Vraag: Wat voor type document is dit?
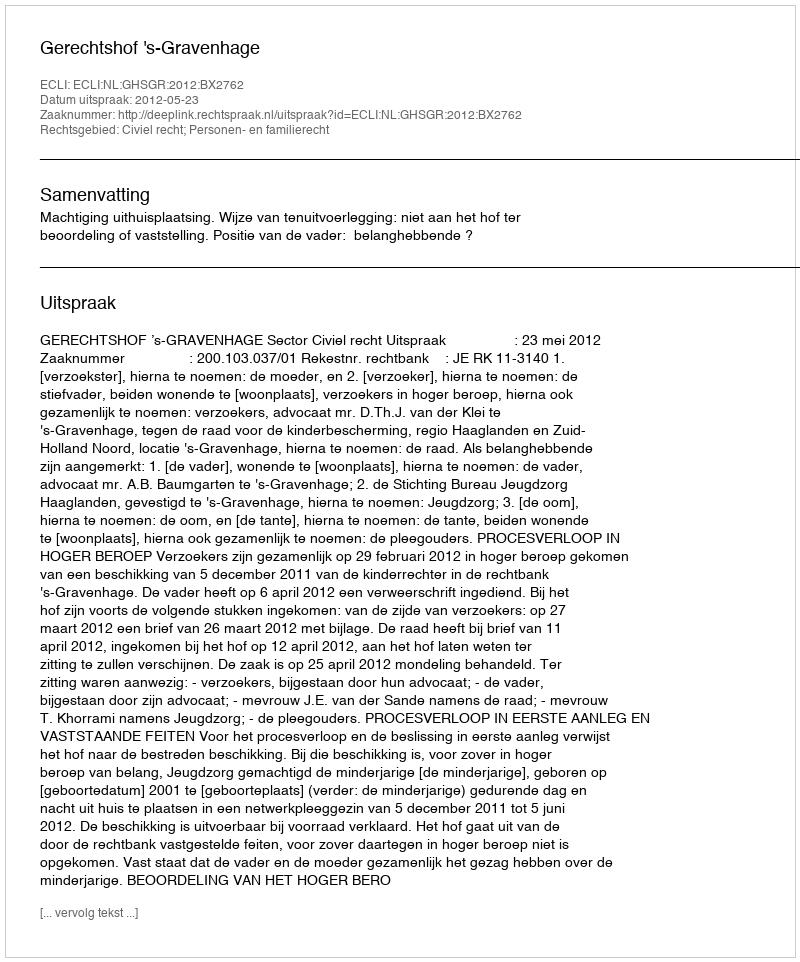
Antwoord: Uitspraak